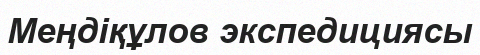
Меңдіқұлов экспедициясы